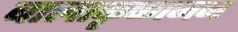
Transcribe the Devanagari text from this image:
बालाकृष्णनन